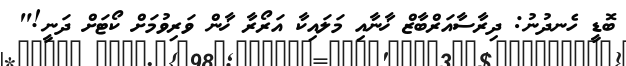
ބޮޑީ ހެނދުނު: ދިރާސާއަރްބާޒް ޚާނާއި މަލައިކާ އަރޯރާ ޚާން ވަރިވުމަށް ކޯޓަށް ދަނީ!"